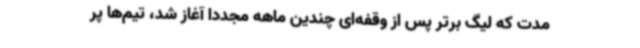
مدت که لیگ برتر پس از وقفه‌ای چندین ماهه مجددا آغاز شد، تیم‌ها پر